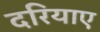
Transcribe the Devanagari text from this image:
दरियाए